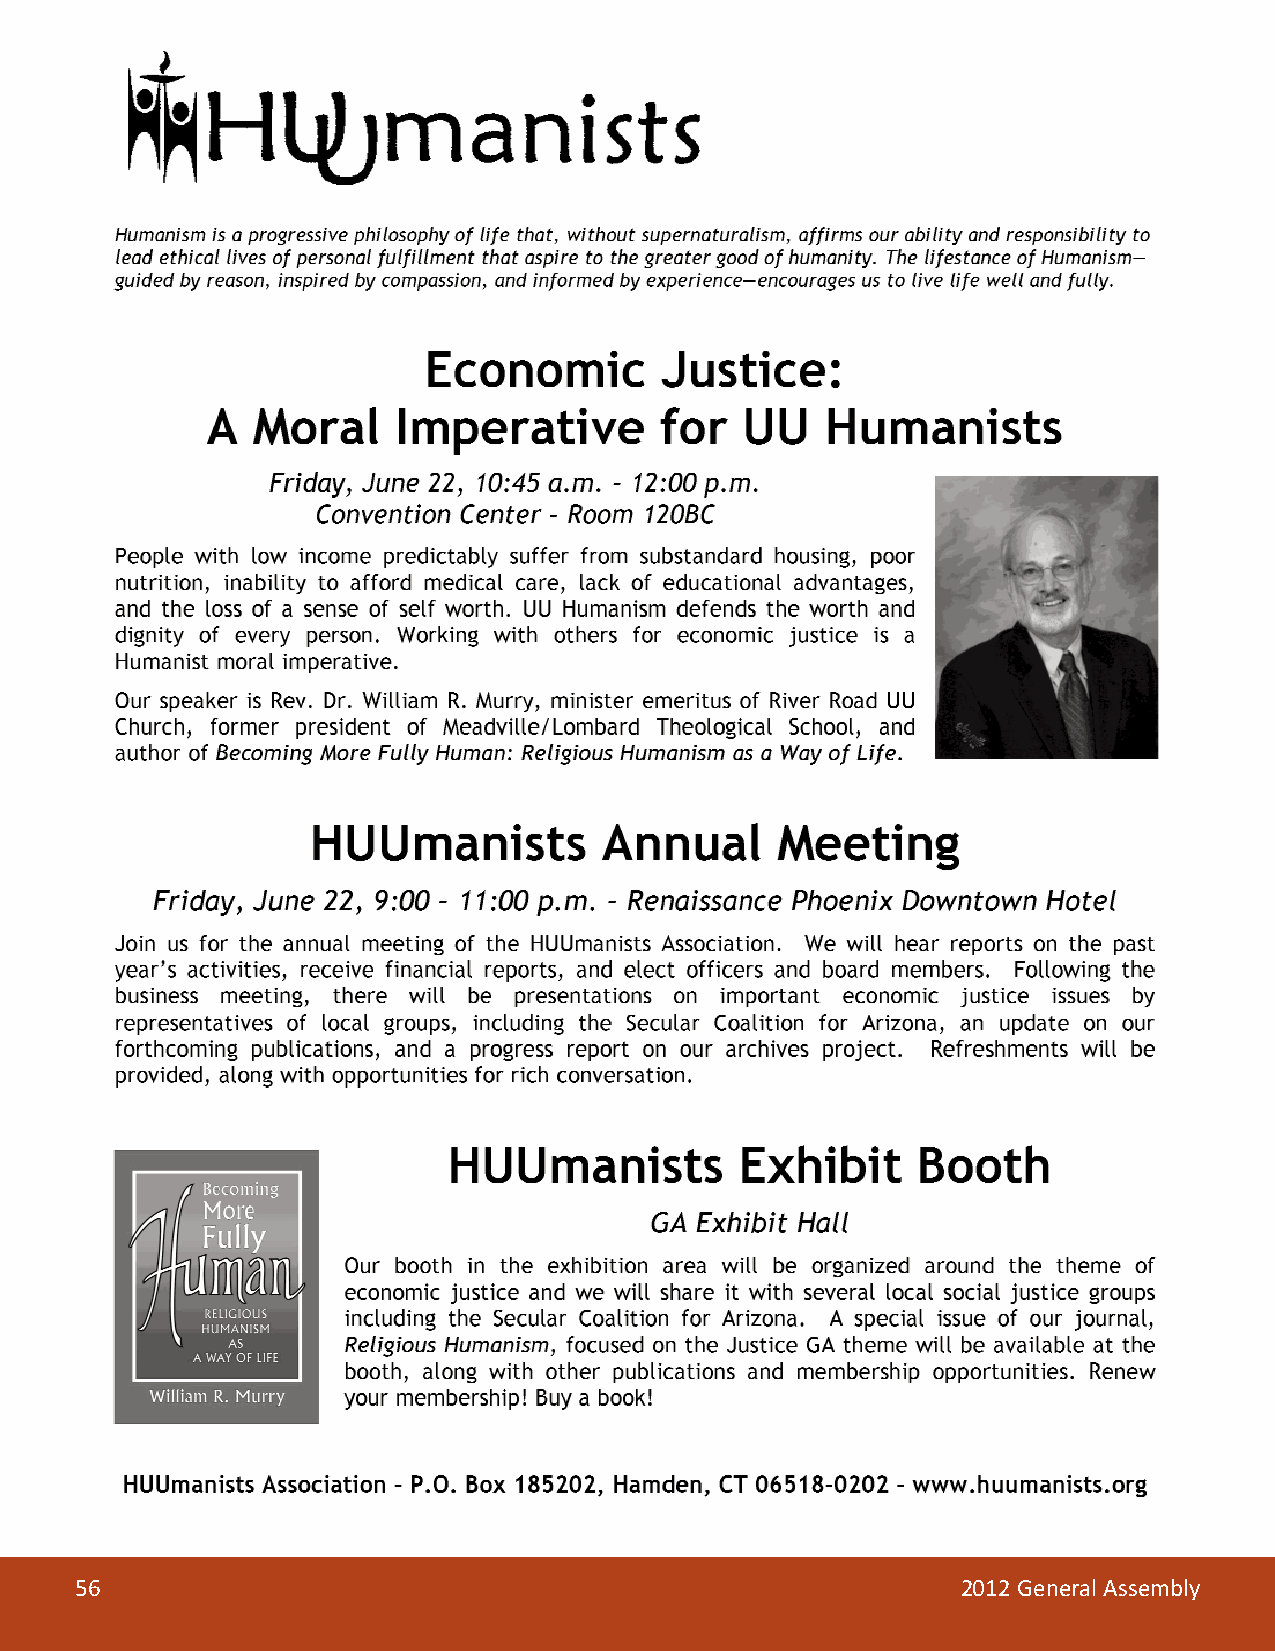
56                                                         2012 General Assembly